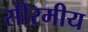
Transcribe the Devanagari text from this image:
सीरमीय